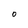
Character: O